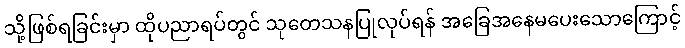
သို့ဖြစ်ရခြင်းမှာ ထိုပညာရပ်တွင် သုတေသနပြုလုပ်ရန် အခြေအနေမပေးသောကြောင့်